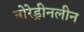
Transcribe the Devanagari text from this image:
नोरेड्रीनलीन